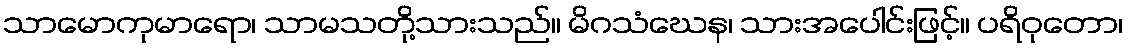
သာမောကုမာရော၊ သာမသတို့သားသည်။ မိဂသံဃေန၊ သားအပေါင်းဖြင့်။ ပရိဝုတော၊